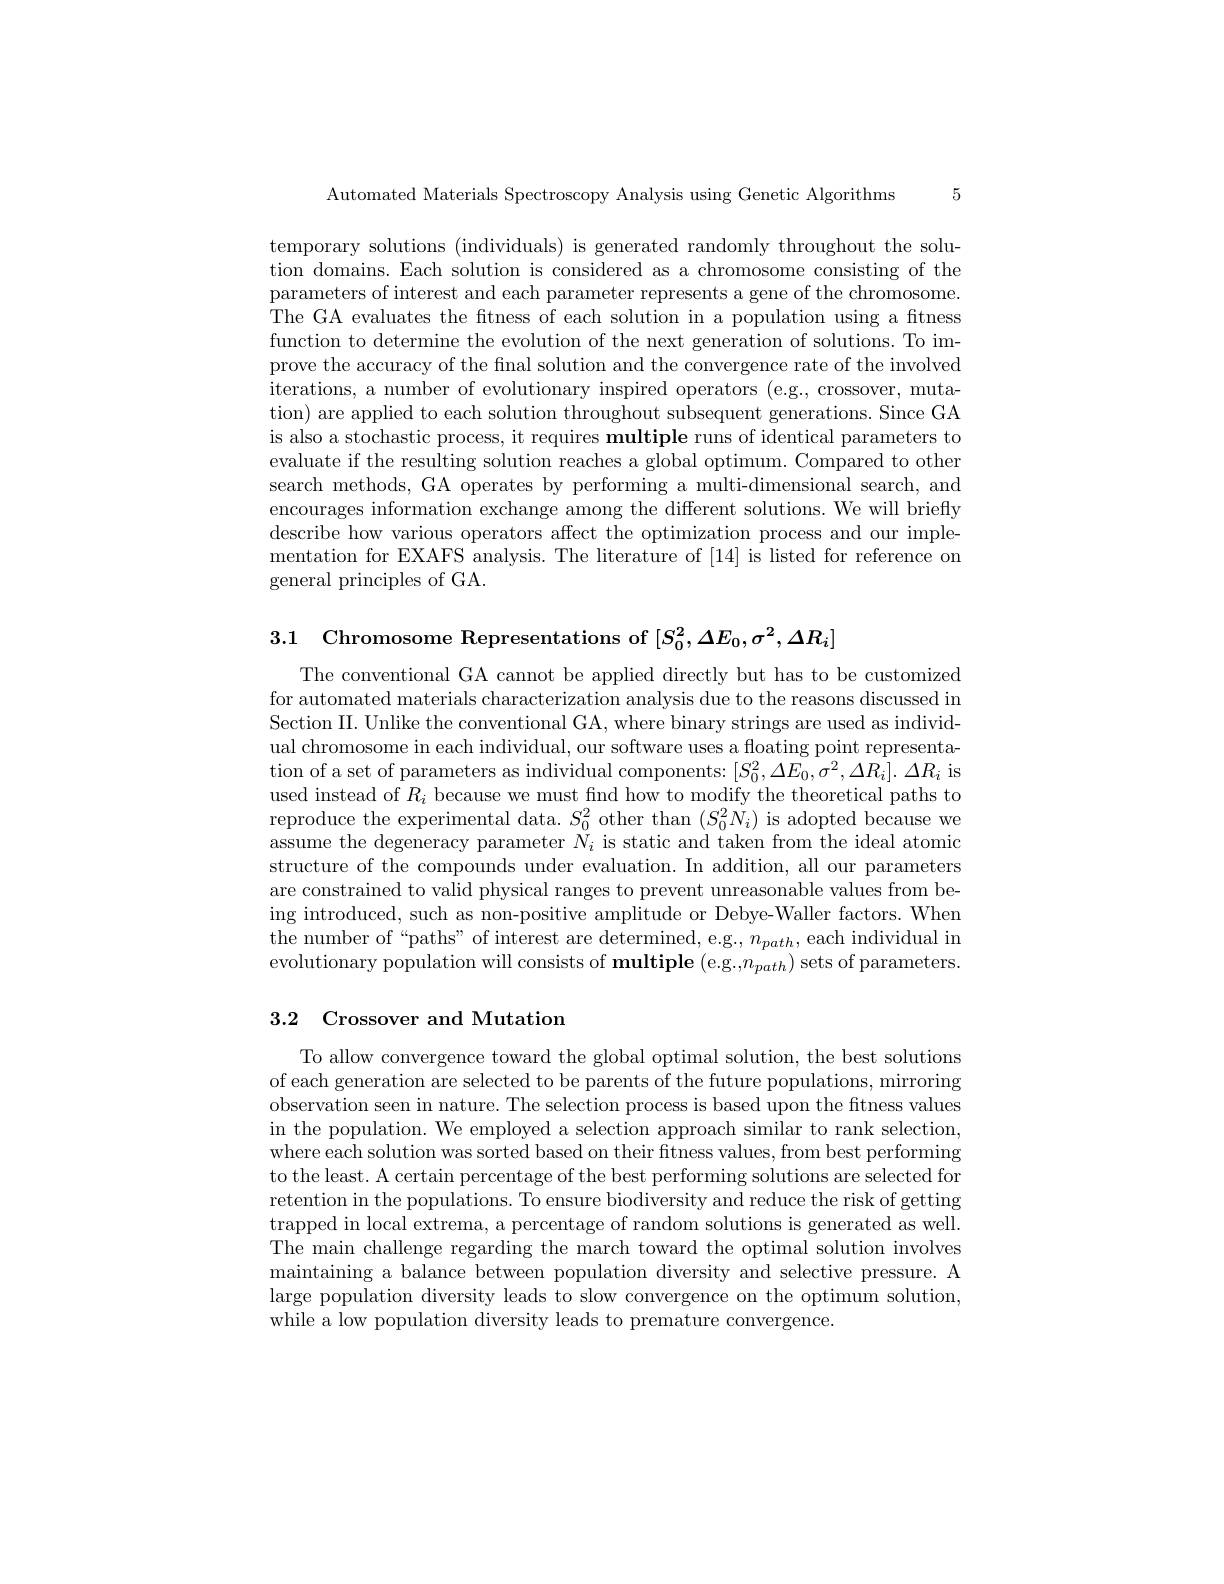
5

Automated Materials Spectroscopy Analysis using Genetic Algorithms

temporary solutions (individuals) is generated randomly throughout the solution domains. Each solution is considered as a chromosome consisting of the parameters of interest and each parameter represents a gene of the chromosome. The GA evaluates the fitness of each solution in a population using a fitness function to determine the evolution of the next generation of solutions. To improve the accuracy of the final solution and the convergence rate of the involved iterations, a number of evolutionary inspired operators (e.g., crossover, mutation) are applied to each solution throughout subsequent generations. Since GA is also a stochastic process, it requires multiple runs of identical parameters to evaluate if the resulting solution reaches a global optimum. Compared to other search methods, GA operates by performing a multi-dimensional search, and encourages information exchange among the different solutions. We will briefly describe how various operators affect the optimization process and our implementation for EXAFS analysis. The literature of [14] is listed for reference on general principles of GA.

3.1 Chromosome Representations of $[S_0^{2},\Delta E_{0},\sigma^{2},\Delta R_{i}]$

The conventional GA cannot be applied directly but has to be customized for automated materials characterization analysis due to the reasons discussed in Section II. Unlike the conventional GA, where binary strings are used as individual chromosome in each individual, our software uses a floating point representation of a set of parameters as individual components: $[S_0^2,\Delta E_0,\sigma^2,\Delta R_i].~\Delta R_i$ is used instead of $R_{i}$ because we must find how to modify the theoretical paths to reproduce the experimental data. $S_0^2$ other than $(S_0^2N_i)$ is adopted because we assume the degeneracy parameter $N_i$ is static and taken from the ideal atomic structure of the compounds under evaluation. In addition, all our parameters are constrained to valid physical ranges to prevent unreasonable values from being introduced, such as non-positive amplitude or Debye-Waller factors. When the number of“paths” of interest are determined, e.g., $n_path$, each individual in evolutionary population will consists of multiple (e.g.,$n_path)$ sets of parameters.

3.2 Crossover and Mutation

To allow convergence toward the global optimal solution, the best solutions of each generation are selected to be parents of the future populations, mirroring observation seen in nature. The selection process is based upon the ftness values in the population. We employed a selection approach similar to rank selection, where each solution was sorted based on their fitness values, from best performing to the least. A certain percentage of the best performing solutions are selected for retention in the populations. To ensure biodiversity and reduce the risk of getting trapped in local extrema, a percentage of random solutions is generated as well. The main challenge regarding the march toward the optimal solution involves maintaining a balance between population diversity and selective pressure. A large population diversity leads to slow convergence on the optimum solution, while a low population diversity leads to premature convergence.